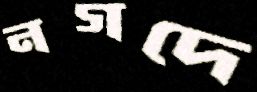
নগদে